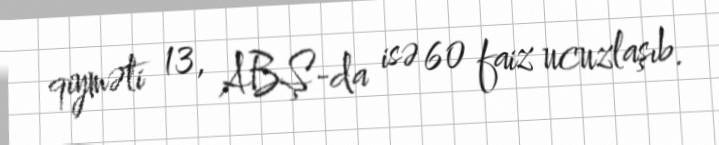
qiyməti 13, ABŞ-da isə 60 faiz ucuzlaşıb.